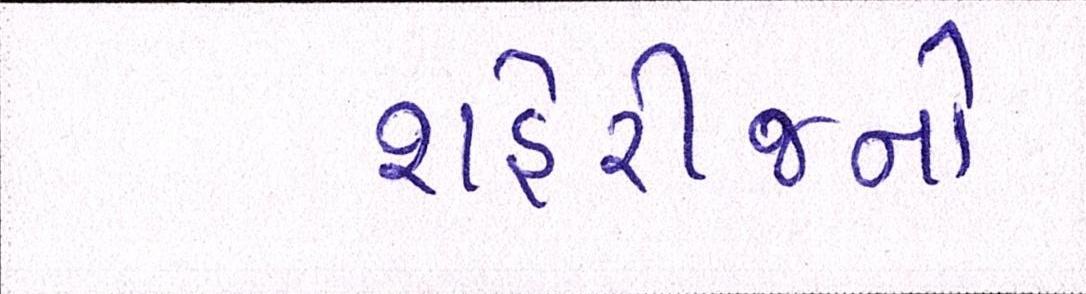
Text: શહેરીજનો